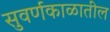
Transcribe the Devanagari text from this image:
सुवर्णकाळातील